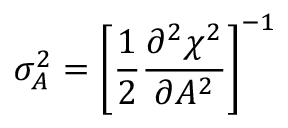
\sigma _ { A } ^ { 2 } = \left[ \frac { 1 } { 2 } \frac { \partial ^ { 2 } \chi ^ { 2 } } { \partial A ^ { 2 } } \right] ^ { - 1 }